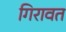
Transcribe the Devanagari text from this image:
गिरावत